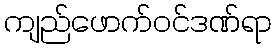
ကျည်ဖောက်ဝင်ဒဏ်ရာ